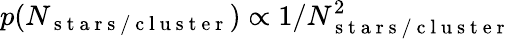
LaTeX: p(N_{\mathrm{~s~t~a~r~s~/~c~l~u~s~t~e~r~}})\propto 1/N_{\mathrm{~s~t~a~r~s~/~c~l~u~s~t~e~r~}}^{2}